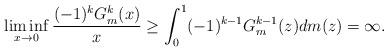
LaTeX: \begin{align*} \liminf_{x \to 0}\frac{(-1)^kG^{k}_m(x)}{x} \geq \int_{0}^{1}(-1)^{k-1}G^{k-1}_m(z) dm(z) = \infty . \end{align*}